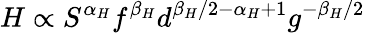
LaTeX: H\propto S^{\alpha_{H}}f^{\beta_{H}}d^{{\beta_{H}}/2-\alpha_{H}+1}g^{-{\beta_{H}}/2}